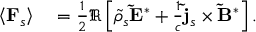
\begin{array} { r l } { \left\langle \mathbf { F } _ { s } \right\rangle } & { { } = \frac { 1 } { 2 } \Re \left[ \tilde { \rho } _ { s } \mathbf { \tilde { E } } ^ { * } + \frac { 1 } { c } \mathbf { \tilde { j } } _ { s } \times \mathbf { \tilde { B } } ^ { * } \right] . } \end{array}